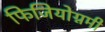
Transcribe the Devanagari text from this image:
फिजियोग्नमी